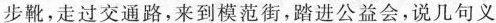
步靴,走过交通路,来到模范街，踏进公益会,说几句义